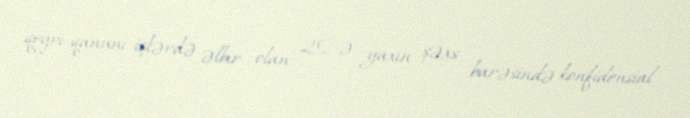
qeyri-qanuni işlərdə əlbir olan 20-ə yaxın şəxs barəsində konfidensial